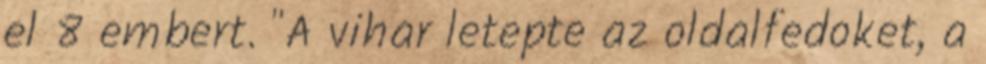
el 8 embert. "A vihar letepte az oldalfedoket, a